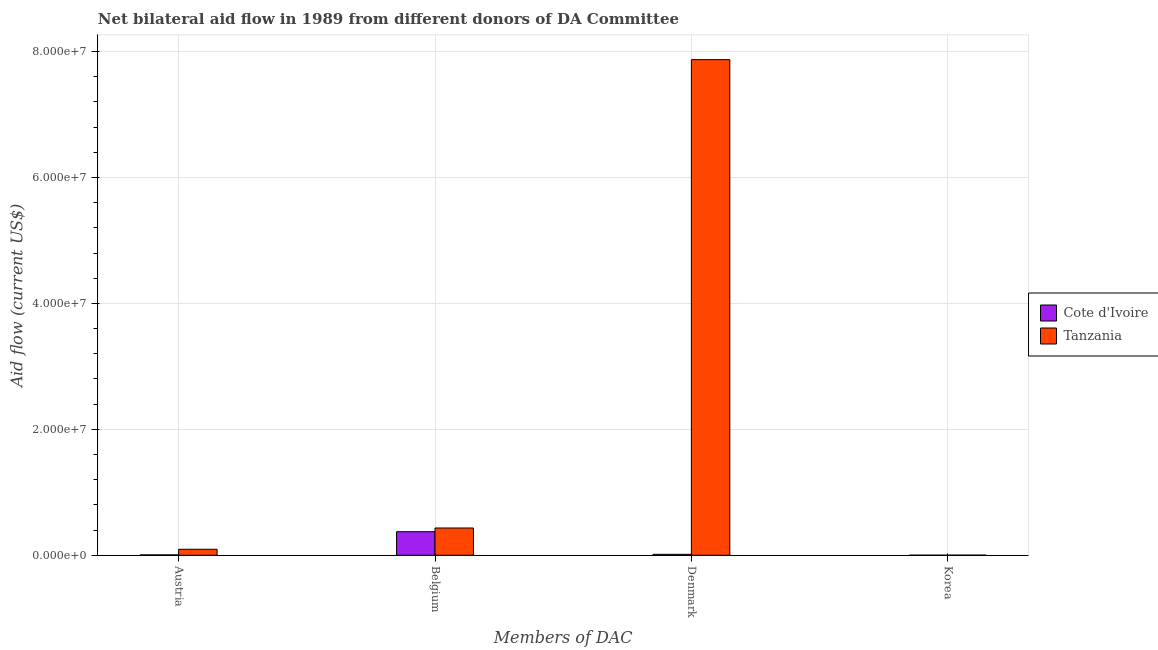
| Members of DAC | Cote d'Ivoire | Tanzania |
 | --- | --- | --- |
 | Austria | 6e+04 | 9.5e+05 |
 | Belgium | 3.74e+06 | 4.33e+06 |
 | Denmark | 1.5e+05 | 7.87e+07 |
 | Korea | 1e+04 | 2e+04 |